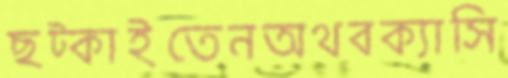
ছট্‌কাইতেনঅথবক্যাসি